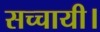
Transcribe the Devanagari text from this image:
सच्चायी।